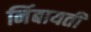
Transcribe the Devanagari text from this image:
निंबायती